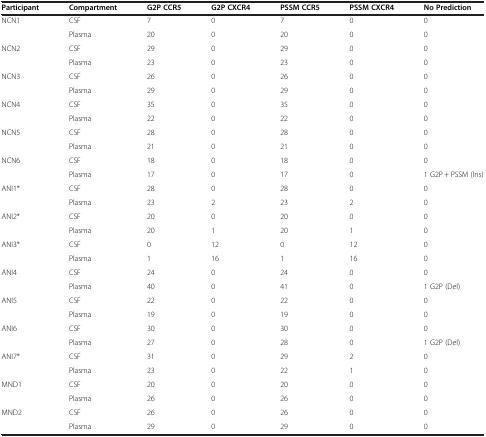
| Participant | Compartment | G2P CCR5 | G2P CXCR4 | PSSM CCR5 | PSSM CXCR4 | No Prediction |
 | --- | --- | --- | --- | --- | --- | --- |
 | NCN1 | CSF | 7 | 0 | 7 | 0 | 0 |
 |  | Plasma | 20 | 0 | 20 | 0 | 0 |
 | NCN2 | CSF | 29 | 0 | 29 | 0 | 0 |
 |  | Plasma | 23 | 0 | 23 | 0 | 0 |
 | NCN3 | CSF | 26 | 0 | 26 | 0 | 0 |
 |  | Plasma | 29 | 0 | 29 | 0 | 0 |
 | NCN4 | CSF | 35 | 0 | 35 | 0 | 0 |
 |  | Plasma | 22 | 0 | 22 | 0 | 0 |
 | NCN5 | CSF | 28 | 0 | 28 | 0 | 0 |
 |  | Plasma | 21 | 0 | 21 | 0 | 0 |
 | NCN6 | CSF | 18 | 0 | 18 | 0 | 0 |
 |  | Plasma | 17 | 0 | 17 | 0 | 1 G2P + PSSM (Ins) |
 | ANI1* | CSF | 28 | 0 | 28 | 0 | 0 |
 |  | Plasma | 23 | 2 | 23 | 2 | 0 |
 | ANI2* | CSF | 20 | 0 | 20 | 0 | 0 |
 |  | Plasma | 20 | 1 | 20 | 1 | 0 |
 | ANI3* | CSF | 0 | 12 | 0 | 12 | 0 |
 |  | Plasma | 1 | 16 | 1 | 16 | 0 |
 | ANI4 | CSF | 24 | 0 | 24 | 0 | 0 |
 |  | Plasma | 40 | 0 | 41 | 0 | 1 G2P (Del) |
 | ANI5 | CSF | 22 | 0 | 22 | 0 | 0 |
 |  | Plasma | 19 | 0 | 19 | 0 | 0 |
 | ANI6 | CSF | 30 | 0 | 30 | 0 | 0 |
 |  | Plasma | 27 | 0 | 28 | 0 | 1 G2P (Del) |
 | ANI7* | CSF | 31 | 0 | 29 | 2 | 0 |
 |  | Plasma | 23 | 0 | 22 | 1 | 0 |
 | MND1 | CSF | 20 | 0 | 20 | 0 | 0 |
 |  | Plasma | 26 | 0 | 26 | 0 | 0 |
 | MND2 | CSF | 26 | 0 | 26 | 0 | 0 |
 |  | Plasma | 29 | 0 | 29 | 0 | 0 |